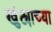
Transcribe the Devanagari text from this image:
खुंट्याच्या